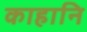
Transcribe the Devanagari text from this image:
काहानि